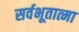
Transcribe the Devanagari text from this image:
सर्वभूतात्मा